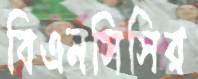
বিএনসিসির